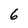
Character: 6